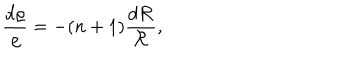
LaTeX: \frac { d \varrho } { \varrho } = - ( n + 1 ) \frac { d { \cal R } } { \cal R } ,